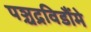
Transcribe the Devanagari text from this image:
पञ्चद्रविडौंमे